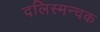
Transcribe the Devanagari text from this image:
दलिस्मन्चक